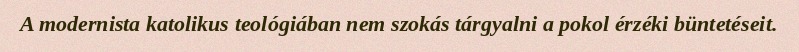
A modernista katolikus teológiában nem szokás tárgyalni a pokol érzéki büntetéseit.